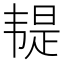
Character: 𩏿